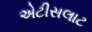
એટીસલાટ